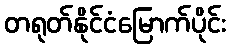
တရုတ်နိုင်ငံမြောက်ပိုင်း